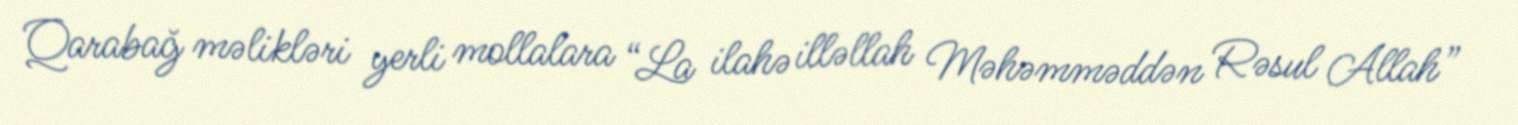
Qarabağ məlikləri yerli mollalara “La ilahə illəllah Məhəmməddən Rəsul Allah”